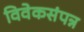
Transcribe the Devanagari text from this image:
विवेकसंपन्न